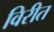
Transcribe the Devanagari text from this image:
विरीत